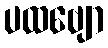
ပထဗျော